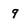
Character: 9